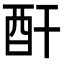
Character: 酐